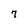
Character: 7